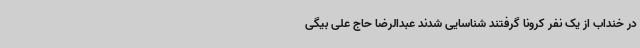
در خنداب از یک نفر کرونا گرفتند شناسایی شدند عبدالرضا حاج علی بیگی